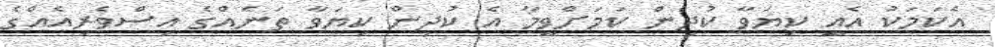
އެކަމަކު އެއީ ކިޔަވާ ކުދިން ކަމަށްވީމާ އެ ކުދިން ކިޔަވާ ތަނެއްގެ އިސްވެރިއެއްގެ